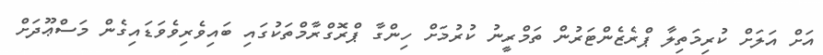
އަށް އަލަށް ކުރިމަތިލާ ޕްރެޒެންޓަރުން ތަމްރީނު ކުރުމަށް ހިންގާ ޕްރޮގްރާމްތަކުގައި ބައިވެރިވެވަޑައިގެން މަސްޢޫދަށް